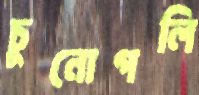
চুনোগলি